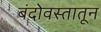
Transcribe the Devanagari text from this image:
बंदोवस्तातून